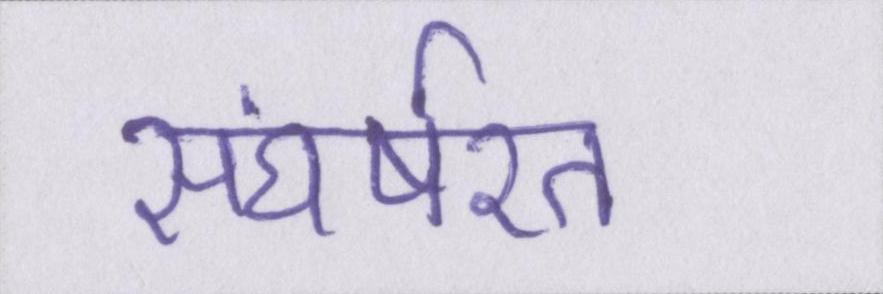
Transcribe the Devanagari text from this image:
संघर्षरत